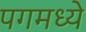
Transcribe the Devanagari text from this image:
पगमध्ये